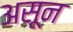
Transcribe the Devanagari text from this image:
असून